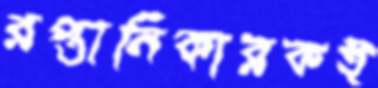
রপ্তানিকারকই